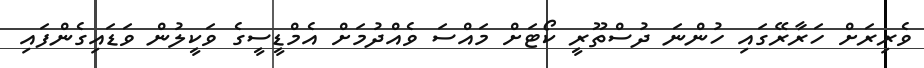
ވެރިރަށް ހަރާރޭގައި ހުންނަ ދުސްތޫރީ ކޯޓަށް މައްސަ ވެއްދުމަށް އެމްޑީސީގެ ވަކީލުން ވަޑައިގެންފައި